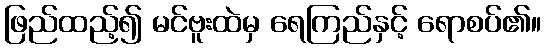
ဖြည်ထည့်၍ မင်ဗူးထဲမှ ရေကြည်နှင့် ရောစပ်၏။